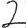
Digit: 2